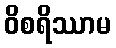
ဝိစရိဿာမ